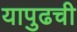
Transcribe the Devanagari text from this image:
यापुढची